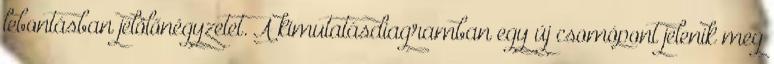
lebontásban jelölőnégyzetet. A kimutatásdiagramban egy új csomópont jelenik meg